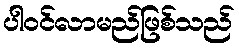
ပါဝင်လာမည်ဖြစ်သည်